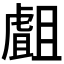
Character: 𧇣